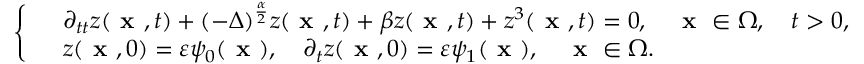
\left\{ \begin{array} { r l } & { \partial _ { t t } z ( \textbf { x } , t ) + ( - \Delta ) ^ { \frac { \alpha } { 2 } } z ( \textbf { x } , t ) + \beta z ( \textbf { x } , t ) + z ^ { 3 } ( \textbf { x } , t ) = 0 , \quad \textbf { x } \in \Omega , \quad t > 0 , } \\ & { z ( \textbf { x } , 0 ) = \varepsilon \psi _ { 0 } ( \textbf { x } ) , \quad \partial _ { t } z ( \textbf { x } , 0 ) = \varepsilon \psi _ { 1 } ( \textbf { x } ) , \quad \textbf { x } \in \Omega . } \end{array} \right.